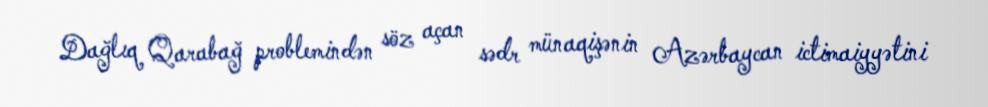
Dağlıq Qarabağ problemindən söz açan sədr münaqişənin Azərbaycan ictimaiyyətini